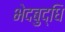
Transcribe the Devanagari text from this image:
भेदबुद्धि